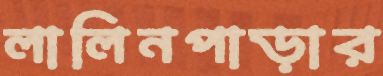
লালিনপাড়ার